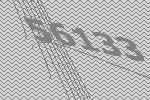
56133